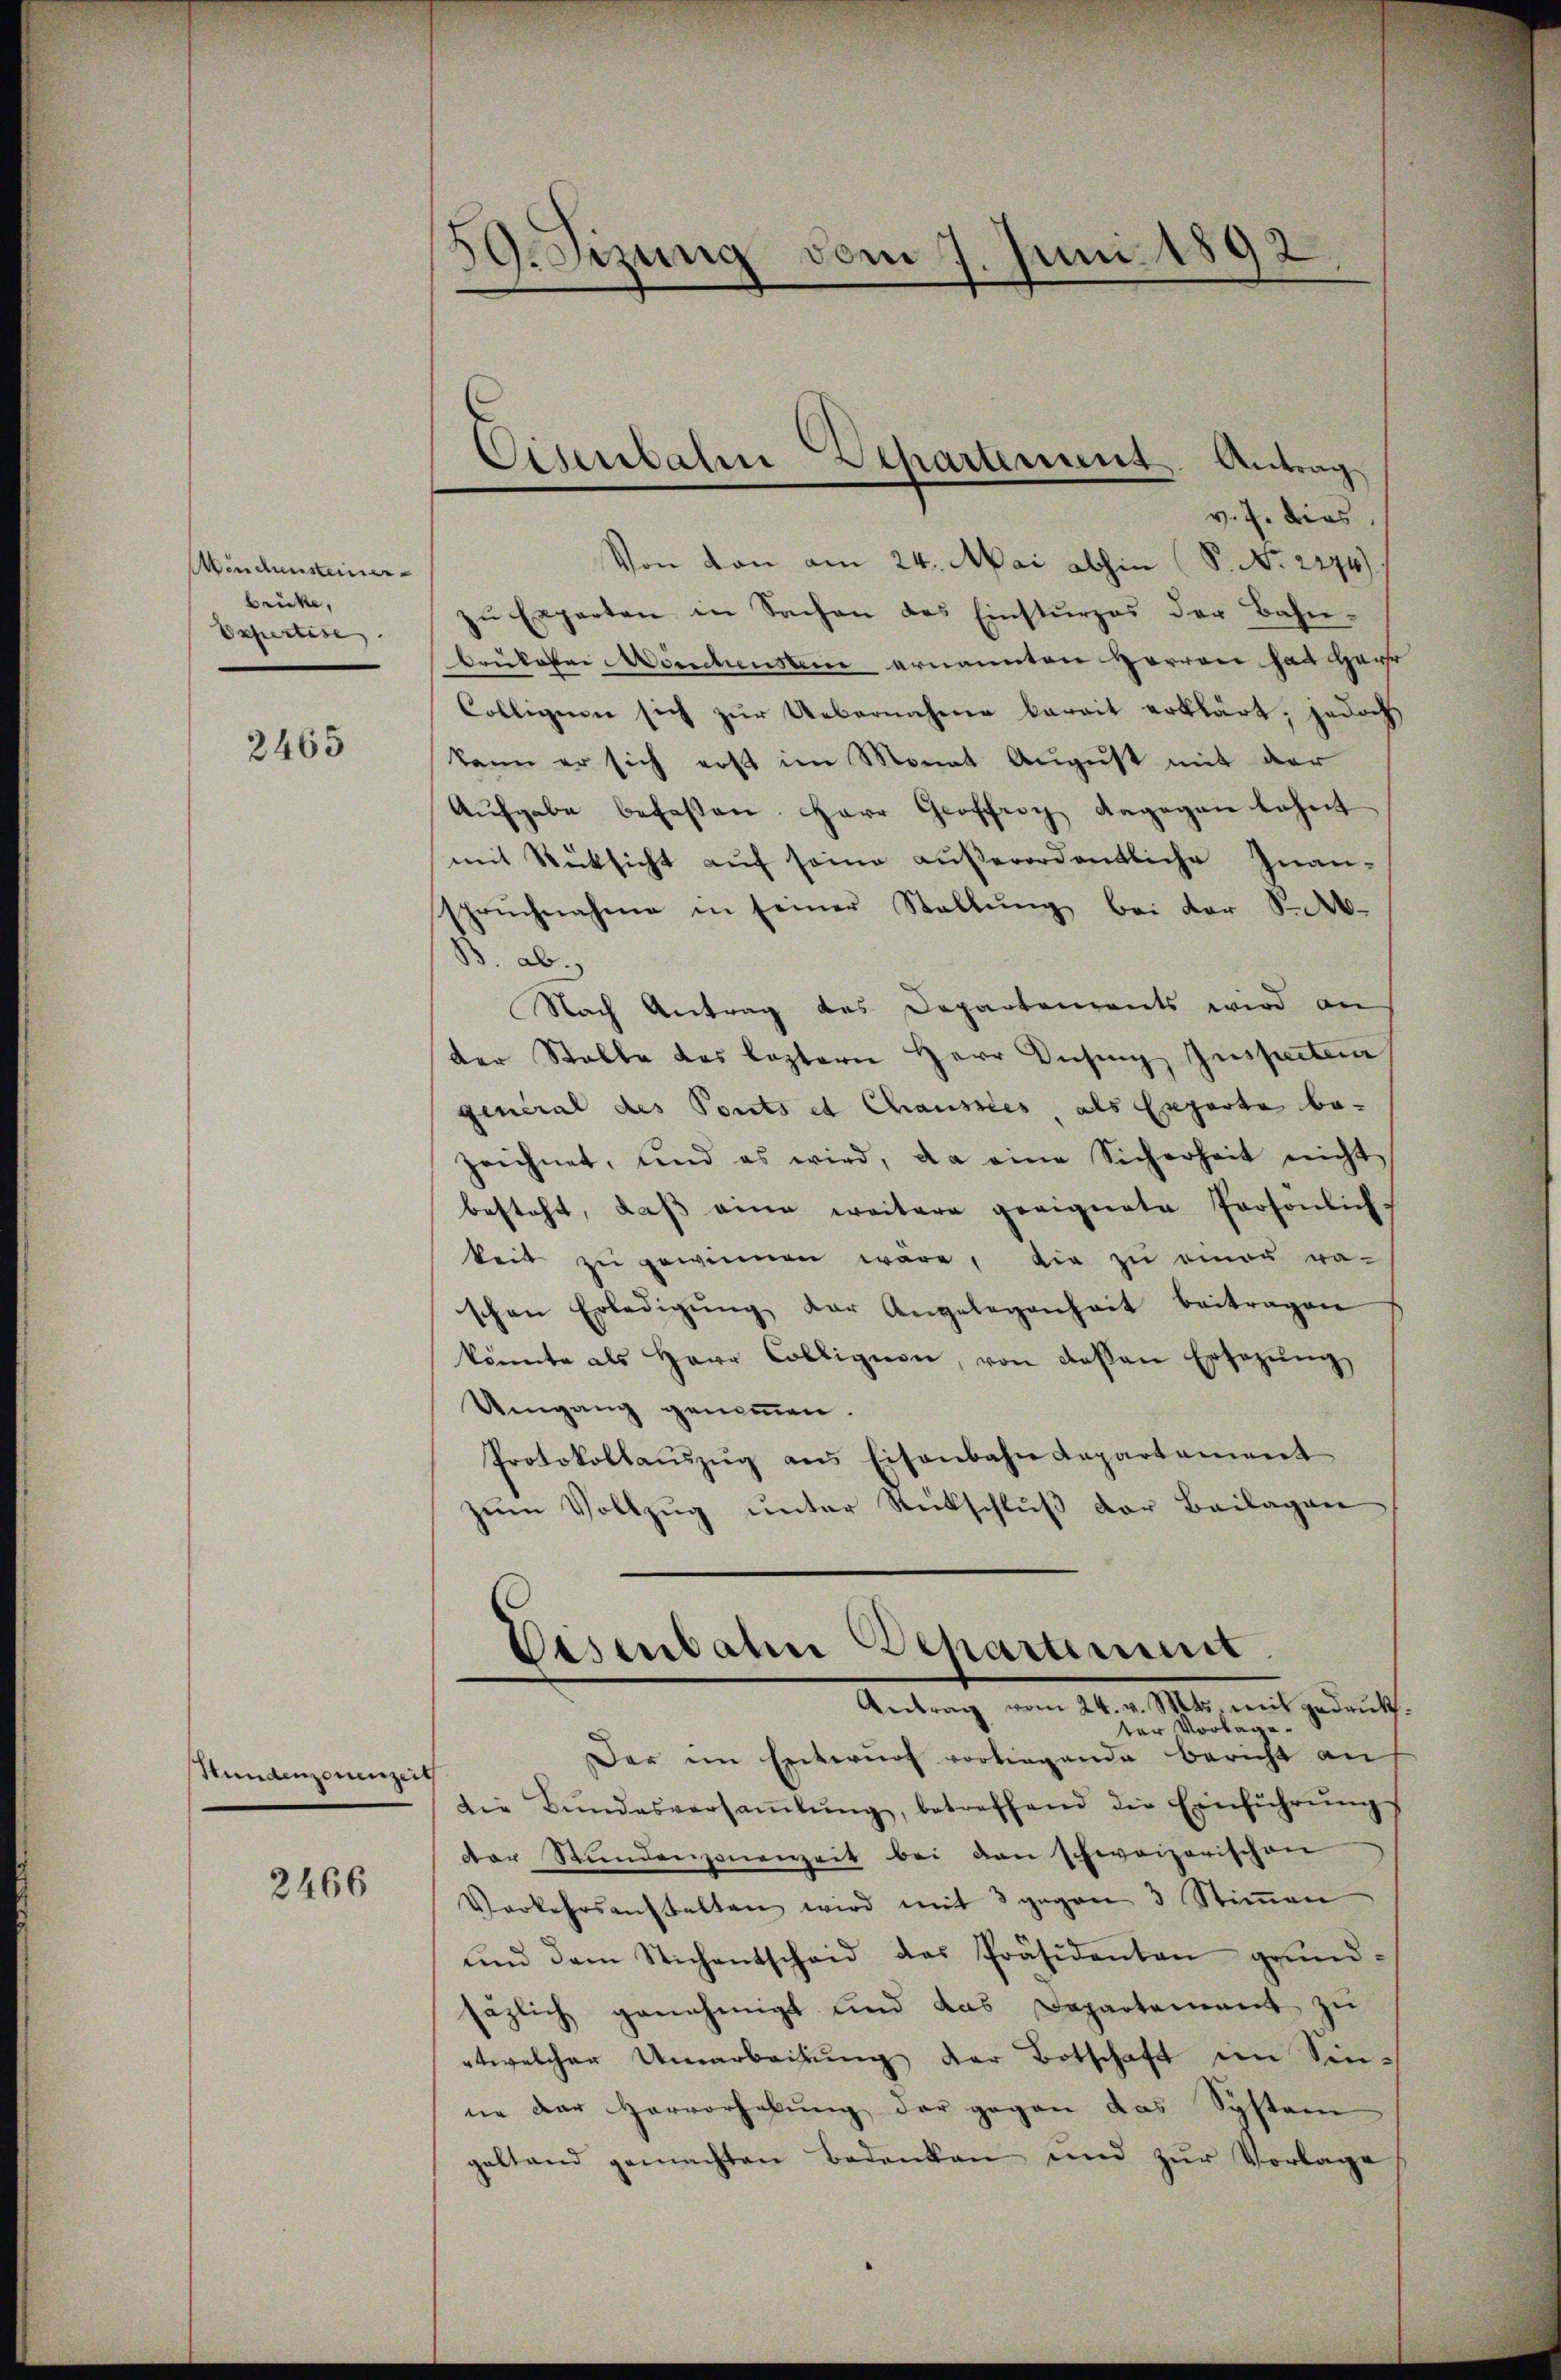
Münchensteiner
brücke,
Expertise. |

2465

Hundenzorenzeit

2466

39. Sizung vom 7. Juni 1892

v. J. dies
Von von am 24. Mai abhin (S. Nr. 2274)
zŭ Experten in Sachen des Einstürzes der Bahn-
brükofer Meuchenstein ernannten Herren hat Haur
Collegio sich zŭr Uebernahme bereit erklärt, jedoch
kann er sich erst im Monat August mit der
Aŭfgabe befassen. Herr Groffrey Angegen beheit
mit Rücksicht auf seine außerordentliche Inan-
spruchnahme in seiner Stallŭng bei der S.
B. ab.
Nach Antrag des Departements wird an
der Stalle das leztern Herr Vising, Inspecten
general des Ponts et Chausses als Experte bezeichnet, und es wird, da eine Sicherheit nicht
besteht, daβ eine weitere geeignete Personlich.
keit zŭ gewinnen wäre, die zu einer wa-
schen Erledigŭng der Angelegenheit beitragen
könnte als Herr Colligion, von dessen Ersezŭng
Umgang genommen.
Protokollaŭszŭg ans Eisenbahn Capartement
zŭm Vollzŭg ŭnter Rückschlŭβ der Beilagen
Antrag vom 24. v. Mts. mit gedrukter Vorlage.
Der im Entwurf vorliegende Bericht an
die Bŭndesversaṁlŭng, betreffend die Einführŭngs
der Stŭndenzonenzeit bei den schweizerischen
Vorkehrsanstalten wird mit 3 gegen 3 Stiṁen
ŭnd dem Stichentscheid des Präsidenten grund-
säzlich genehmigt und das Departement zu
etwelcher Umarbeitŭng der Botschaft im Sin-
ne der Hervorhebŭng der gegen das System
geltend gemachten Bedanken und zŭr Vorlage

Cisenbahn Departement. Antrag

Eisenbahn Departement